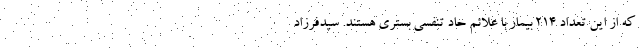
که از این تعداد ۲۱۴ بیمار با علائم حاد تنفسی بستری هستند. سیدفرزاد